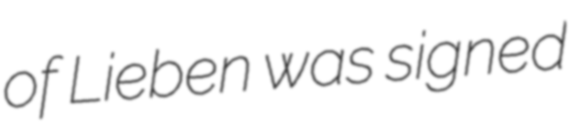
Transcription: of Lieben was signed